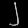
Digit: ၂